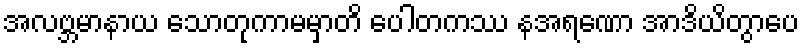
အလဗ္ဘမာနာယ သောတုကာမမှာတိ ပေါတကဿ နအရဏော အာဒိယိတွာပေ